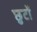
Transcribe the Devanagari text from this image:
छुटों